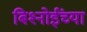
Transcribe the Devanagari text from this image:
बिश्‍नोईंच्या